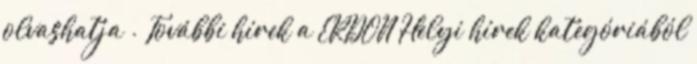
olvashatja . További hírek a ERDON Helyi hírek kategóriából